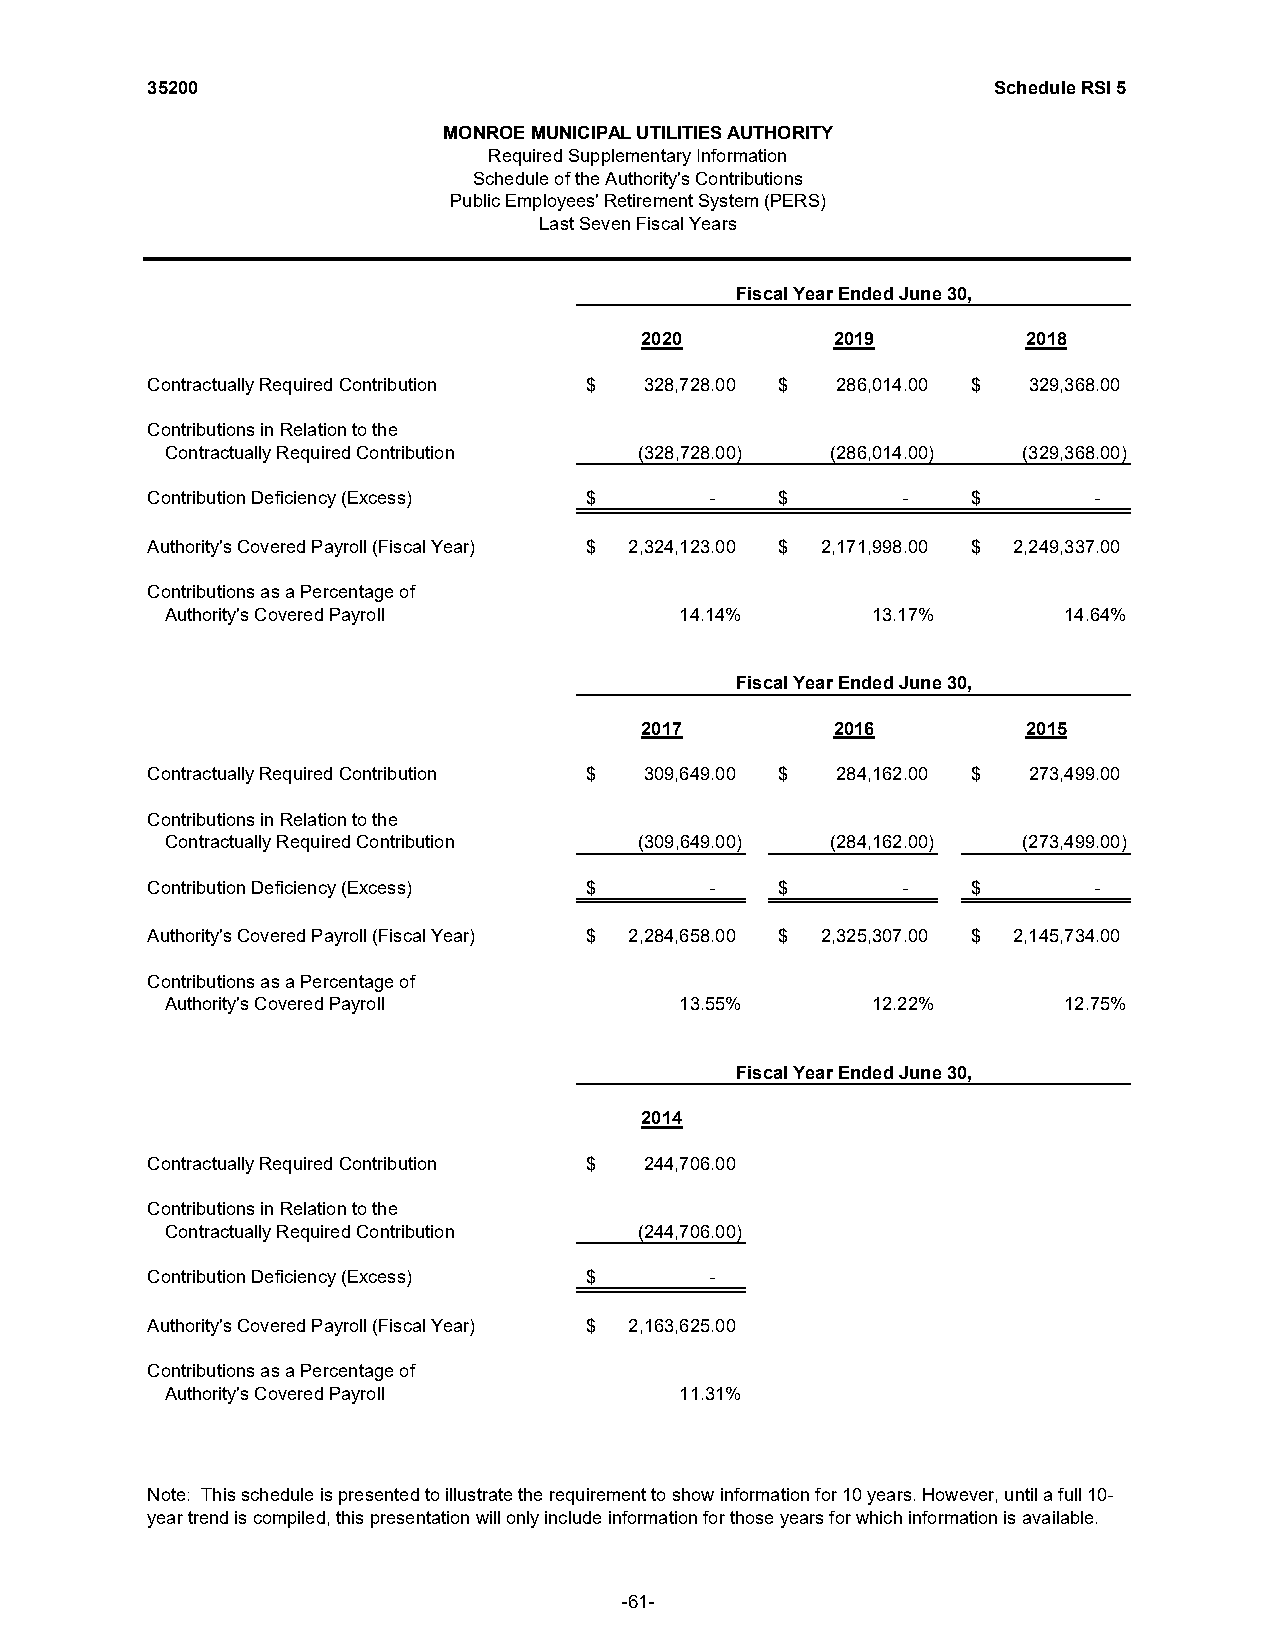
35200                                                   Schedule RSI 5
 MONROE MUNICIPAL UTILITIES AUTHORITY
 Required Supplementary Information
 Schedule of the Authority's Contributions
 Public Employees' Retirement System (PERS)
 Last Seven Fiscal Years
 Fiscal Year Ended June 30,
 2020         2019         2018
 Contractually Required Contribution $ 328,728.00 $ 286,014.00 $ 329,368.00
 Contributions in Relation to the
 Contractually Required Contribution (328,728.00) (286,014.00) (329,368.00)
 Contribution Deficiency (Excess) $    -   $       -    $       -
 Authority's Covered Payroll (Fiscal Year) $ 2,324,123.00 $ 2,171,998.00 $ 2,249,337.00
 Contributions as a Percentage of
 Authority's Covered Payroll       14.14%      13.17%       14.64%
 Fiscal Year Ended June 30,
 2017         2016         2015
 Contractually Required Contribution $ 309,649.00 $ 284,162.00 $ 273,499.00
 Contributions in Relation to the
 Contractually Required Contribution (309,649.00) (284,162.00) (273,499.00)
 Contribution Deficiency (Excess) $    -   $       -    $       -
 Authority's Covered Payroll (Fiscal Year) $ 2,284,658.00 $ 2,325,307.00 $ 2,145,734.00
 Contributions as a Percentage of
 Authority's Covered Payroll       13.55%      12.22%       12.75%
 Fiscal Year Ended June 30,
 2014
 Contractually Required Contribution $ 244,706.00
 Contributions in Relation to the
 Contractually Required Contribution (244,706.00)
 Contribution Deficiency (Excess) $    -
 Authority's Covered Payroll (Fiscal Year) $ 2,163,625.00
 Contributions as a Percentage of
 Authority's Covered Payroll       11.31%
 Note: This schedule is presented to illustrate the requirement to show information for 10 years. However, until a full 10-
 year trend is compiled, this presentation will only include information for those years for which information is available.
 -61-